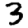
Digit: 3